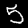
Digit: 5